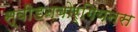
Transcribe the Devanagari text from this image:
स्वीडनबोर्गियनस